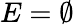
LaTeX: E=\emptyset